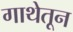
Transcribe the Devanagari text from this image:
गाथेतून